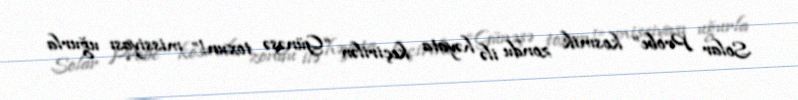
Solar Probe” kosmik zondu ilə həyata keçirilən “Günəşə toxun!” missiyası uğurla